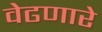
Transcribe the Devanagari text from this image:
वेढणारे